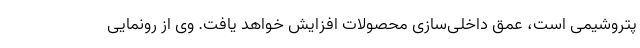
پتروشیمی است، عمق داخلی‌سازی محصولات افزایش خواهد یافت. وی از رونمایی